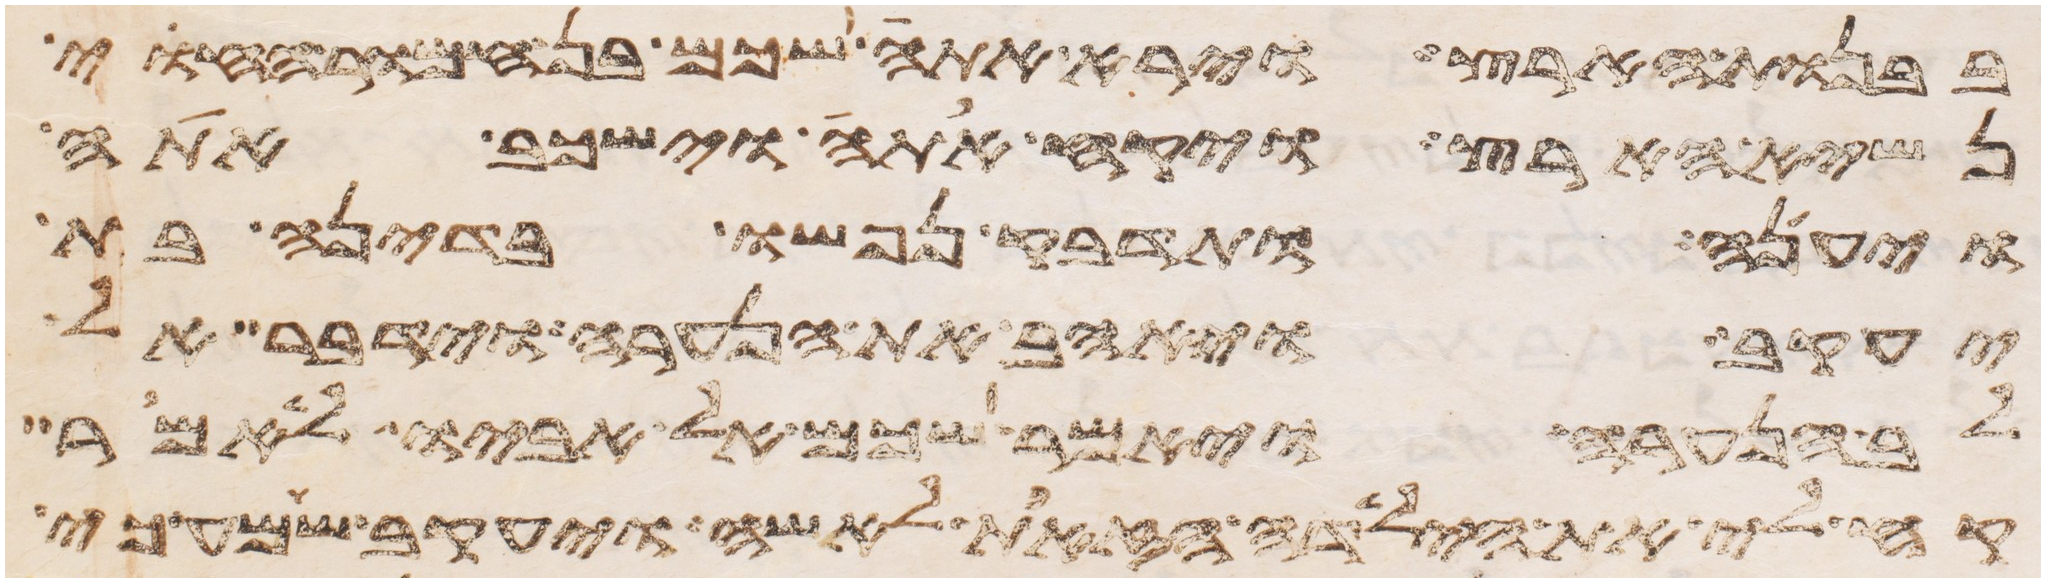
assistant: בבנות הארץ וירא אתה שכם בן חמור החוי
נשיא הארץ ויקח אתה וישכב אתה
ויענה ותדבק נפשו בדינה בת
יעקב ויאהב את הנערה וידבר אל
לב הנערה ויאמר שכם אל אביו לאמר
קח לי את הילדה הזאת לאשה ויעקב שמע כי